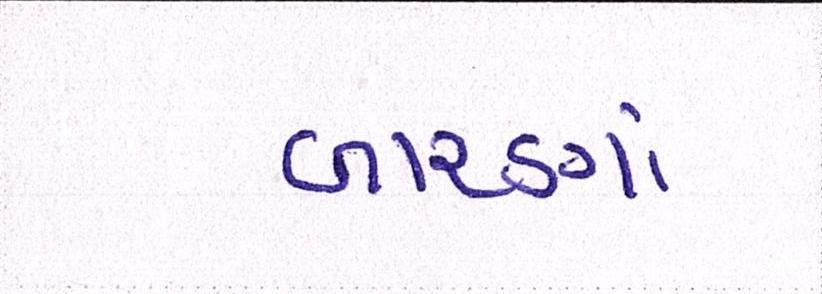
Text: બારણાં